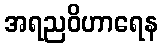
အရညဝိဟာရေန